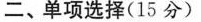
二、单项选择( 15分 )